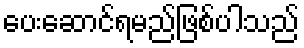
ပေးဆောင်ရမည်ဖြစ်ပါသည်